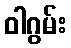
ဝါဂွမ်း